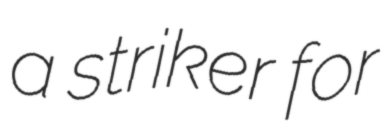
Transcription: a striker for